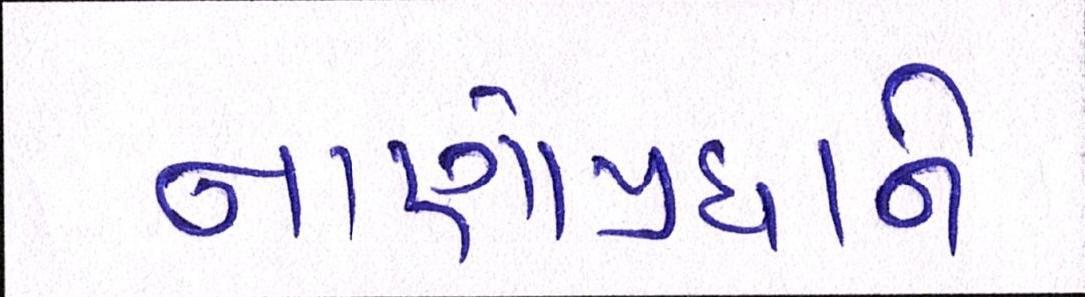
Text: નાણાંપ્રધાને